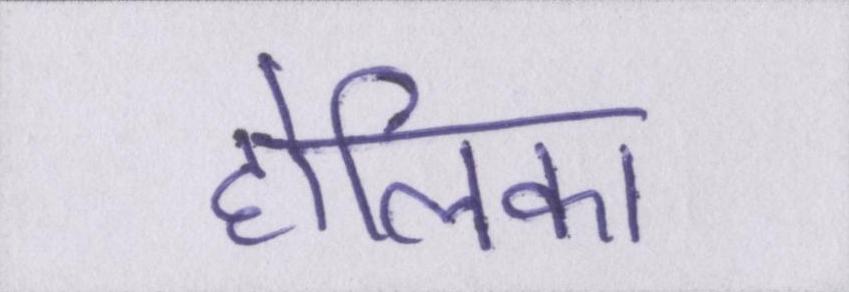
होलिका